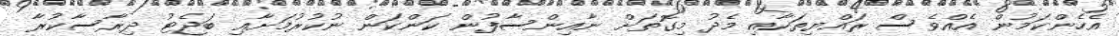
އެހެންކަމުން އެއްވެސް ރައްޔިތަކާއި މެދު މިގޮތަށް ނާއިންސާފުން ކަންކަން ނުކުރުމަށާއި ބަޖެޓު ދިރާސާކުރާ